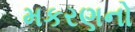
મકરણનો